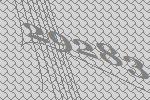
29283